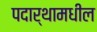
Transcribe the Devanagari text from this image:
पदार्थामधील